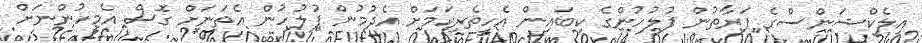
އިލެކްޝަންސްގެ ފަރާތުން ފުލުހުންގެ ކިބައިން އެހީތެރިކަމަށް އެދުމުން ފުލުހުން އެތަނަށް ގޮސް އެމީހުންނަށް